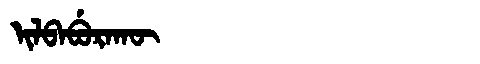
Manchu: ᡳᠯᠪᠠᠪᡠᡵᠠᡴᡡ
Romanization: ILBABURAKŪ